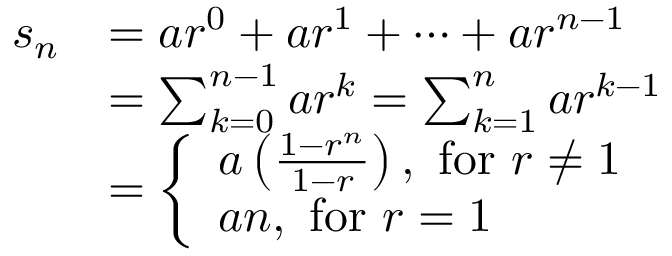
{ \begin{array} { r l } { s _ { n } } & { = a r ^ { 0 } + a r ^ { 1 } + \cdots + a r ^ { n - 1 } } \\ & { = \sum _ { k = 0 } ^ { n - 1 } a r ^ { k } = \sum _ { k = 1 } ^ { n } a r ^ { k - 1 } } \\ & { = { \left\{ \begin{array} { l l } { a \left( { \frac { 1 - r ^ { n } } { 1 - r } } \right) , { \mathrm { ~ f o r ~ } } r \neq 1 } \\ { a n , { \mathrm { ~ f o r ~ } } r = 1 } \end{array} \right. } } \end{array} }